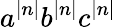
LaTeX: a^{|n|}b^{|n|}c^{|n|}